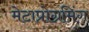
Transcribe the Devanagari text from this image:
मेटाप्रोग्रमिंग